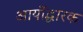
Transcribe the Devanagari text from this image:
आर्योद्धारक